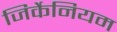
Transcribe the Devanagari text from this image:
जिर्केनियम